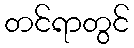
တင်ရာတွင်